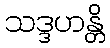
သဒ္ဒဟန္တိ